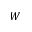
W